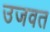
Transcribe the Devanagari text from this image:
उजवत